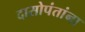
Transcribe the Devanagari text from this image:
दासोपंतांना